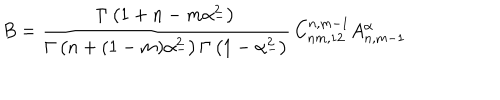
B = \frac { \Gamma \left( 1 + n - m \alpha _ { - } ^ { 2 } \right) } { \Gamma \left( n + ( 1 - m ) \alpha _ { - } ^ { 2 } \right) \Gamma \left( 1 - \alpha _ { - } ^ { 2 } \right) } \, C _ { n m , 1 2 } ^ { n , m - 1 } A _ { n , m - 1 } ^ { \alpha }